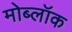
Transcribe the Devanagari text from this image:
मोब्लॉक